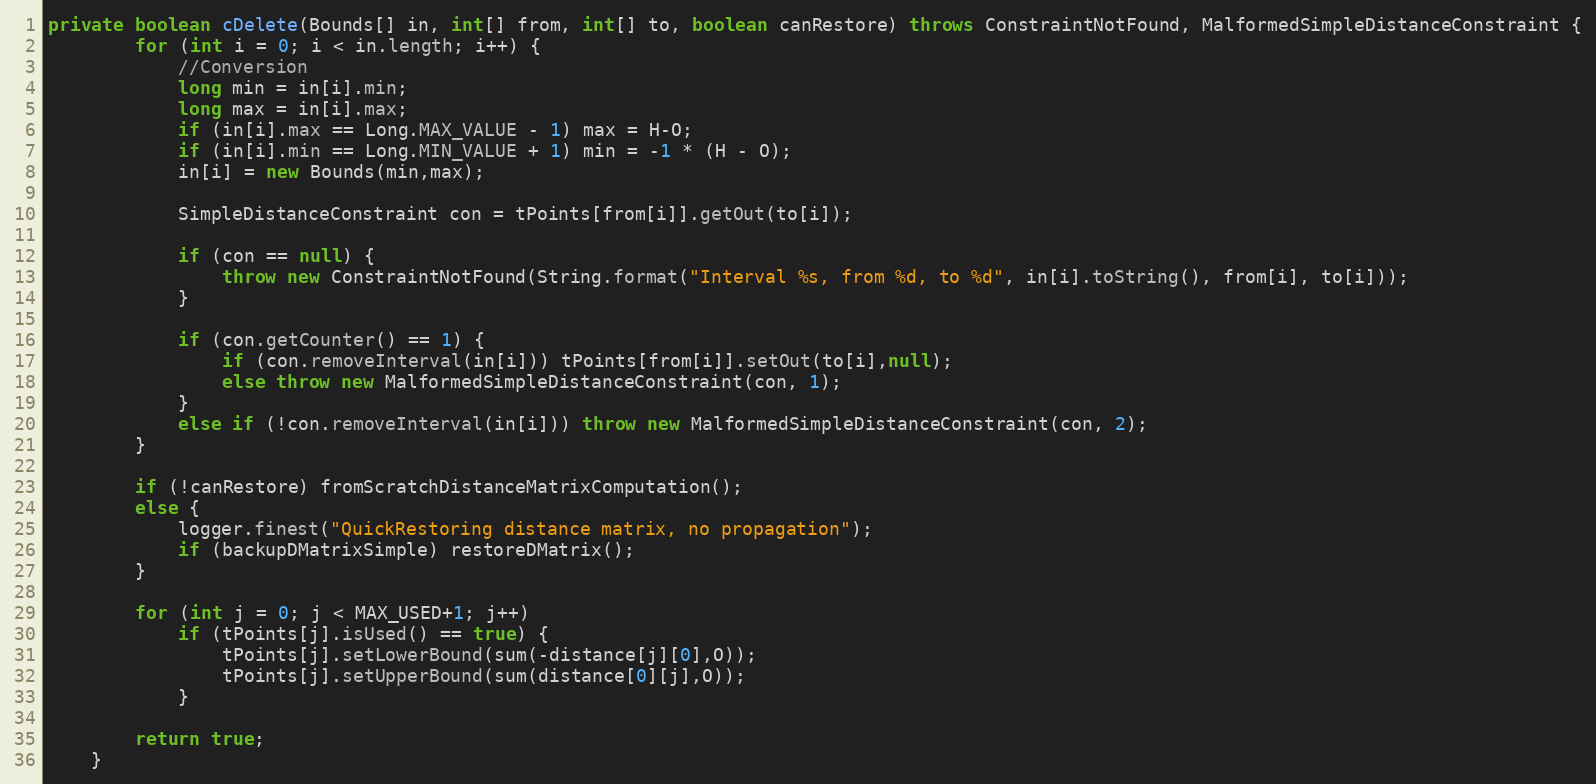
Language: Java
private boolean cDelete(Bounds[] in, int[] from, int[] to, boolean canRestore) throws ConstraintNotFound, MalformedSimpleDistanceConstraint {
		for (int i = 0; i < in.length; i++) {
			//Conversion
			long min = in[i].min;
			long max = in[i].max;
			if (in[i].max == Long.MAX_VALUE - 1) max = H-O;
			if (in[i].min == Long.MIN_VALUE + 1) min = -1 * (H - O);
			in[i] = new Bounds(min,max);

			SimpleDistanceConstraint con = tPoints[from[i]].getOut(to[i]);

			if (con == null) {
				throw new ConstraintNotFound(String.format("Interval %s, from %d, to %d", in[i].toString(), from[i], to[i]));
			}

			if (con.getCounter() == 1) {
				if (con.removeInterval(in[i])) tPoints[from[i]].setOut(to[i],null);
				else throw new MalformedSimpleDistanceConstraint(con, 1);
			}
			else if (!con.removeInterval(in[i])) throw new MalformedSimpleDistanceConstraint(con, 2);
		}

		if (!canRestore) fromScratchDistanceMatrixComputation();
		else {
			logger.finest("QuickRestoring distance matrix, no propagation");
			if (backupDMatrixSimple) restoreDMatrix();
		}

		for (int j = 0; j < MAX_USED+1; j++)
			if (tPoints[j].isUsed() == true) {
				tPoints[j].setLowerBound(sum(-distance[j][0],O));
				tPoints[j].setUpperBound(sum(distance[0][j],O));
			}

		return true;
	}